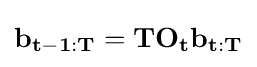
\mathbf {b_{t-1:T}} =\mathbf {T} \mathbf {O_{t}} \mathbf {b_{t:T}}